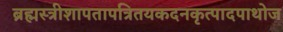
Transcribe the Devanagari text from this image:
ब्रह्मस्त्रीशापतापत्रितयकदनकृत्पादपाथोज